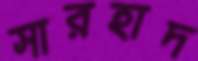
সারহাদ